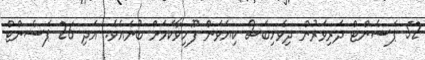
52 ޕަސެންޓް ދަރިވަރުން ދިވެހިބަސް ކިޔަވަން ފޫހިވާކަމަށް ބުނެއެވެ. އަދި 26 ޕަސެންޓް